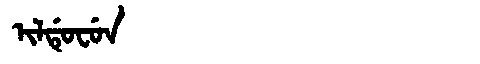
Manchu: ᡳᠯᡩᡠᠸᡠᠨ
Romanization: ILDUFUN